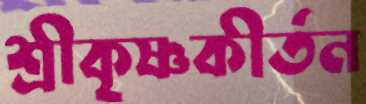
শ্রীকৃষ্ণকীর্তন